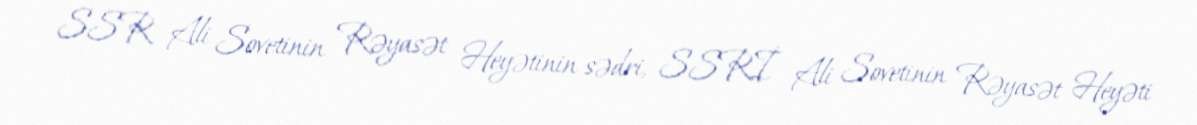
SSR Ali Sovetinin Rəyasət Heyətinin sədri, SSRİ Ali Sovetinin Rəyasət Heyəti